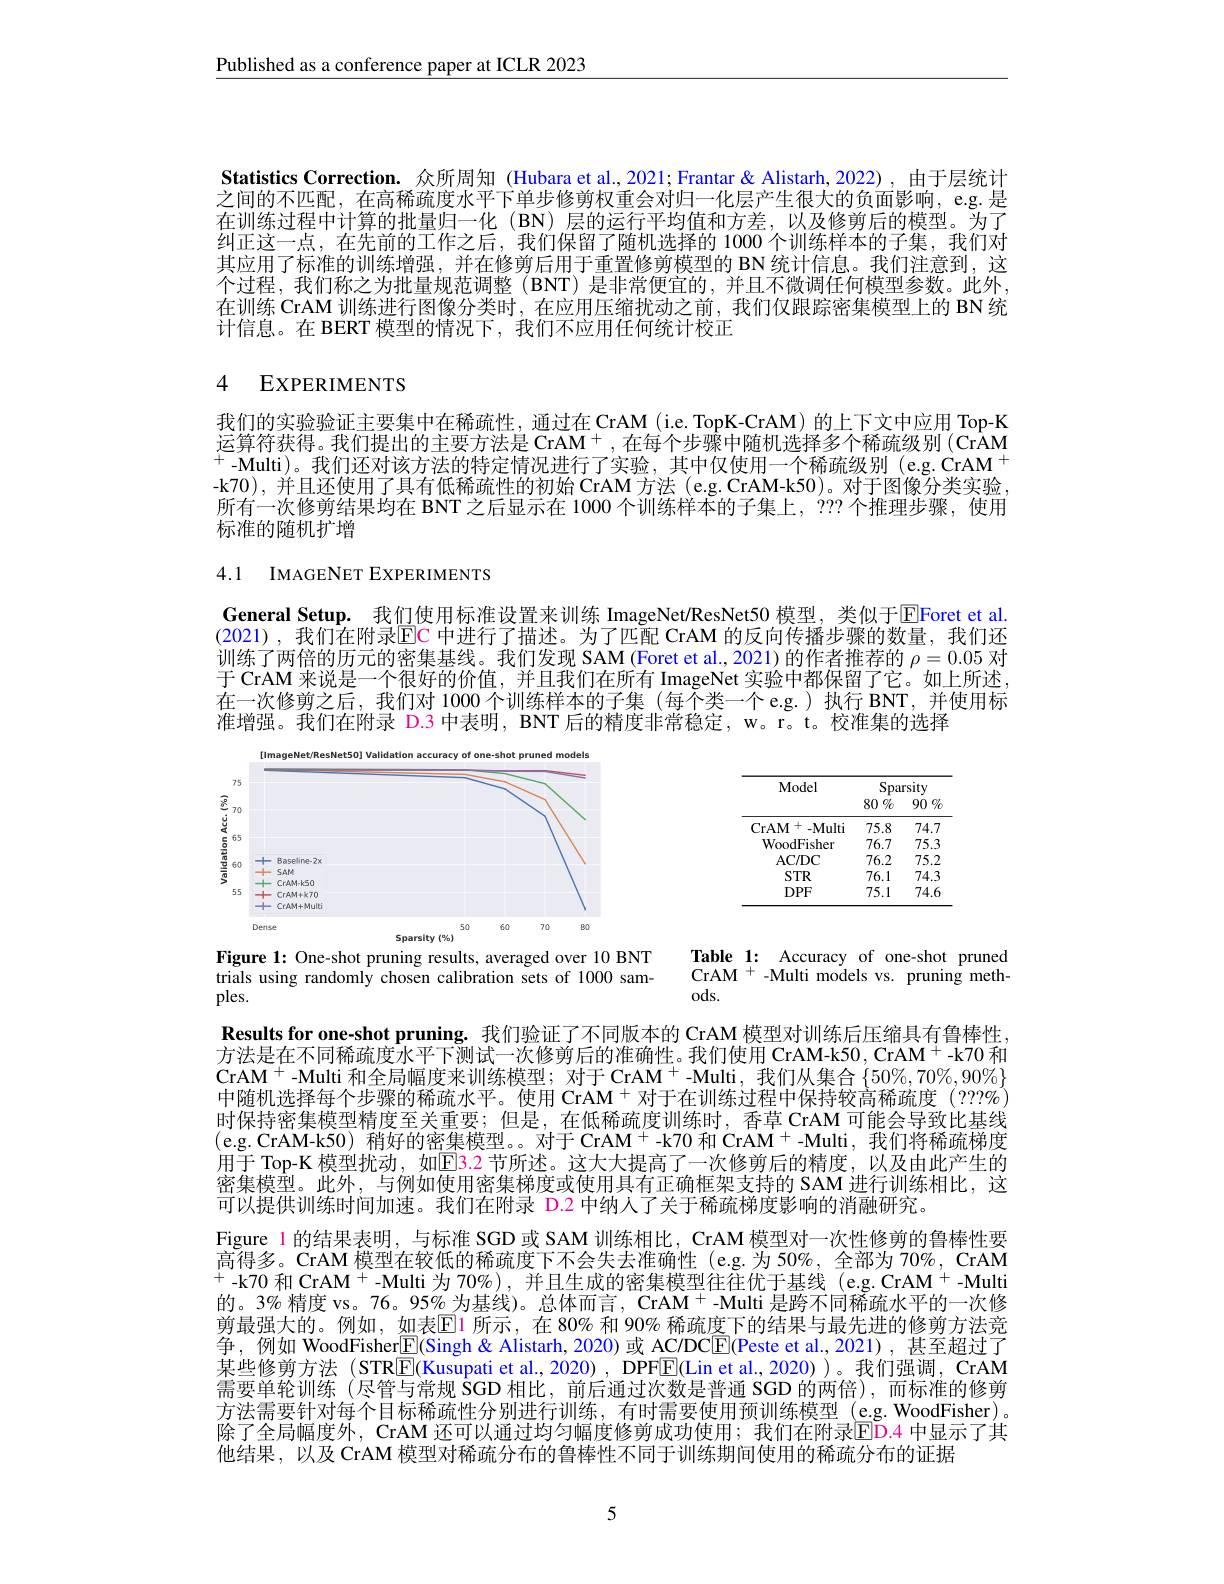
Published as a conference paper at ICLR 2023

Statistics Correction. 众所周知 (Hubara et al.,2021; Frantar & Alistarh, 2022), 由于层统计之间的不匹配，在高稀疏度水平下单步修剪权重会对归一化层产生很大的负面影响，e.g.是在训练过程中计算的批量归一化(BN)层的运行平均值和方差，以及修剪后的模型。为了纠正这一点，在先前的工作之后，我们保留了随机选择的 1000 个训练样本的子集，我们对其应用了标准的训练增强，并在修剪后用于重置修剪模型的 BN 统计信息。我们注意到，这个过程，我们称之为批量规范调整(BNT)是非常便宜的，并且不微调任何模型参数。此外， 在训练 CrAM 训练进行图像分类时，在应用压缩扰动之前，我们仅跟踪密集模型上的 BN 统计信息。在 BERT 模型的情况下，我们不应用任何统计校正

## 4 EXPERIMENTS

我们的实验验证主要集中在稀疏性，通过在 CrAM (i.e. TopK-CrAM) 的上下文中应用 Top-K 运算符获得。我们提出的主要方法是 CrAM$^+$,在每个步骤中随机选择多个稀疏级别(CrAM $^+$-Multi)。我们还对该方法的特定情况进行了实验，其中仅使用一个稀疏级别 (e.g.CrAM$^+$ -k70),并且还使用了具有低稀疏性的初始 CrAM 方法 (e.g. CrAM-k50)。对于图像分类实验， 所有一次修剪结果均在 BNT 之后显示在 1000 个训练样本的子集上，??? 个推理步骤，使用标准的随机扩增

# 4.1 IMAGENET EXPERIMENTS

General Setup. 我们使用标准设置来训练 ImageNet/ResNet50 模型，类似于$\boxed{\mathrm{E}}$Foret et al. $\bar{\text{(2021),我们在附录}\mathbb{E}}$C 中进行了描述。为了匹配 CrAM 的反向传播步骤的数量，我们还训练了两倍的历元的密集基线。我们发现 SAM (Foret et al., 2021) 的作者推荐的 $\rho=0.05$ 对T $G_{\mathrm{~}}$ M 中说目 人组好的从在 并口我们女邱女$\mathcal{L}_{\mathrm{~}}$ 于 CrAM 来说是一个很好的价值，并且我们在所有 ImageNet 实验中都保留了它。如上所述， 在一次修剪之后，我们对 1000个训练样本的子集(每个类一个e.g.)执行 BNT,并使用标准增强。我们在附录 D.3 中表明，BNT 后的精度非常稳定，w。r。t。校准集的选择

<FigureHere>

<FigureHere>
Figure 1: One-shot pruning results, averaged over 10 BNT

Table 1: Accuracy of one-shot pruned CrAM $^{+}$ -Multi models vs. pruning meth- $ods.$

trials using randomly chosen calibration sets of 1000 sam-
ples.

Results for one-shot pruning. 我们验证了不同版本的 CrAM 模型对训练后压缩具有鲁棒性， 方法是在不同稀疏度水平下测试一次修剪后的准确性。我们使用 CrAM-k50, CrAM$^{+}$-k70 和CrAM$^{+}$-Multi 和全局幅度来训练模型；对于 CrAM$^{+}$ -Multi, 我们从集合$\{50\%,70\%,90\%\}$ 中随机选择每个步骤的稀疏水平。使用 CrAM $^{+}$对于在训练过程中保持较高稀疏度 (???%) 时保持密集模型精度至关重要；但是，在低稀疏度训练时，香草 CrAM 可能会导致比基线(e.g. CrAM-k50) 稍好的密集模型。。对于 CrAM$^+$-k70 和 CrAM$^+$-Multi, 我们将稀疏梯度用于 Top-K 模型扰动，如$\color{red}{\mathrm{E}}\color{red}{\mathrm{3.2}}$节所述。这大大提高了一次修剪后的精度，以及由此产生的密集模型。此外，与例如使用密集梯度或使用具有正确框架支持的 SAM 进行训练相比，这可以提供训练时间加速。我们在附录 D.2 中纳人了关于稀疏梯度影响的消融研究。
Figure 1 的结果表明，与标准 SGD 或 SAM 训练相比，CrAM 模型对一次性修剪的鲁棒性要$\bar{\text{高得多。CrAM 模型在较低的稀疏度下不会失去准确性(e.g.为 50\%,全部为 70\%, CrAM}}$ $^{+}$-k70 和 CrAM$^+$-Multi 为 70%),并且生成的密集模型往往优于基线(e.g.CrAM$^+$-Multi 的。3% 精度 vs。76。95% 为基线)。总体而言，CrAM + -Multi 是跨不同稀疏水平的一次修剪最强大的。例如，如表$\overline{\mathrm{E}}$1 所示，在 80% 和 90% 稀疏度下的结果与最先进的修剪方法竞争，例如 WoodFisher$\overline{\mathbb{E}}($Singh & Alistarh, 2020) 或 AC/DC[E](Peste et al., 2021), 甚至超过了某些修剪方法(STR$\overline{\mathrm{E}}$(Kusupati et al.,2020), DPFE(Lin et al.,2020))。我们强调，CrAM 需要单轮训练(尽管与常规$\dot{\mathrm{SGD}}$相比，前后通过次数是普通 SGD 的两倍),而标准的修剪方法需要针对每个目标稀疏性分别进行训练，有时需要使用预训练模型(e.g.WoodFisher)。除了全局幅度外，CrAM 还可以通过均匀幅度修剪成功使用；我们在附录ED.4 中显示了其他结果，以及 CrAM 模型对稀疏分布的鲁棒性不同于训练期间使用的稀疏分布的证据

5